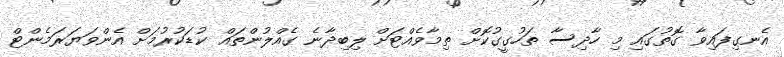
އެނގިފައިވާ ގޮތުގައި މި ހާދިސާ ތަހުގީގުކޮށް ތިމާވެއްޓަށް ލިބިދާނެ ގެއްލުންތައް ކުޑަކުރުމަށް އެންވަޔަރަމެންޓް